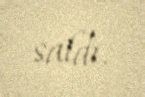
saldı.